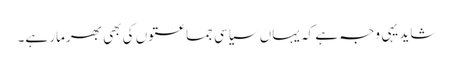
شاید یہی وجہ ہے کہ یہاں سیاسی جماعتوں کی بھی بھرمار ہے۔